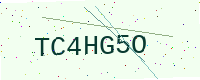
Text: TC4HG5O